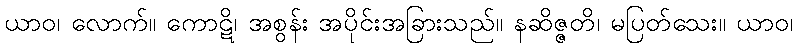
ယာဝ၊ လောက်။ ကောဋိ၊ အစွန်း အပိုင်းအခြားသည်။ နဆိဇ္ဇတိ၊ မပြတ်သေး။ ယာဝ၊